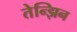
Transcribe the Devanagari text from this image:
तेन्झिन